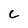
Character: c